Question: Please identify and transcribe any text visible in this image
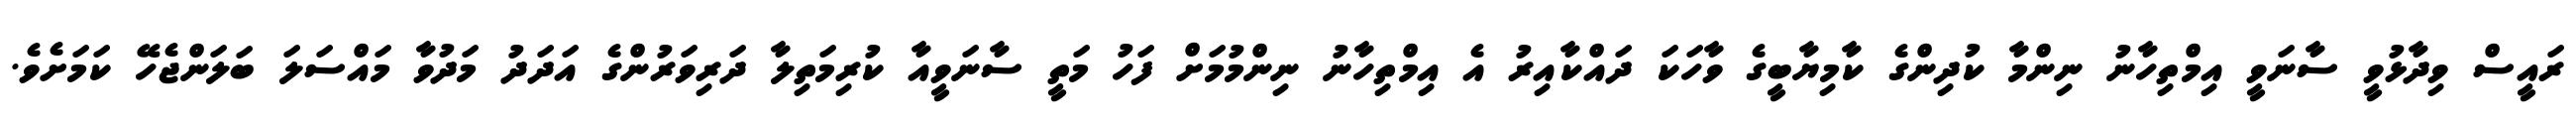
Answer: ރައީސް ވިދާޅުވީ ސާނަވީ އިމްތިހާނު ނިންމާ ކުދިންގެ ކާމިޔާބީގެ ވާހަކަ ދައްކާއިރު އެ އިމްތިހާނު ނިންމުމަށް ފަހު މަތީ ސާނަވީއާ ކުރިމަތިލާ ދަރިވަރުންގެ އަދަދު މަދުވާ މައްސަލަ ބަލަންޖެހޭ ކަމަށެވެ.